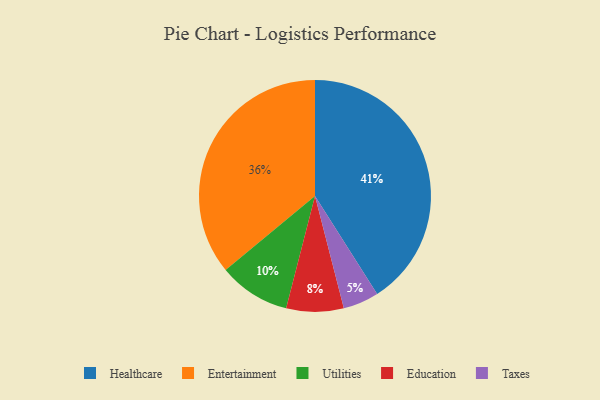
{"axis": {"x": "Category", "y": "Percentage"}, "legend": ["Education", "Entertainment", "Healthcare", "Taxes", "Utilities"], "data": [{"x": "Taxes", "y": 5, "type": "Taxes"}, {"x": "Healthcare", "y": 41, "type": "Healthcare"}, {"x": "Utilities", "y": 10, "type": "Utilities"}, {"x": "Entertainment", "y": 36, "type": "Entertainment"}, {"x": "Education", "y": 8, "type": "Education"}]}